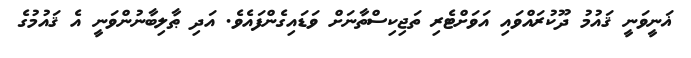
ޣަނީވަނީ ޤައުމު ދޫކުރައްވައި އަވަށްޓެރި ތަޖިކިސްތާނަށް ވަޑައިގެންފައެވެ. އަދި ޠާލިބާނުންވަނީ އެ ޤައުމުގެ